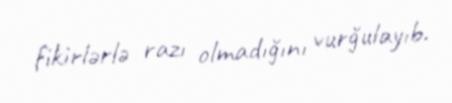
fikirlərlə razı olmadığını vurğulayıb.